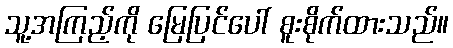
သူ့အကြည့်ကို မြေပြင်ပေါ် စူးစိုက်ထားသည်။